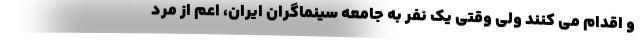
و اقدام می کنند ولی وقتی یک نفر به جامعه سینماگران ایران، اعم از مرد